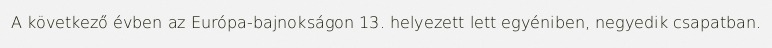
A következő évben az Európa-bajnokságon 13. helyezett lett egyéniben, negyedik csapatban.